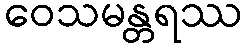
ဝေသမန္တရဿ